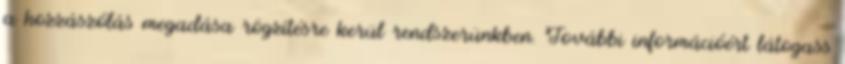
a hozzászólás megadása rögzítésre kerül rendszerünkben. További információért látogass